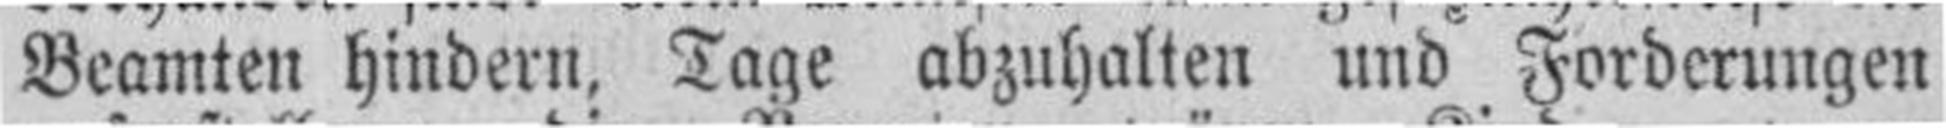
Beamten hindern, Tage abzuhalten und Forderungen